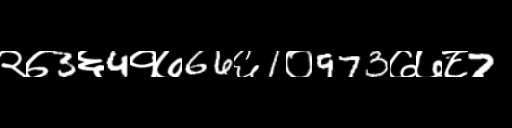
Text: २७3६4१७66६1०973७७८7